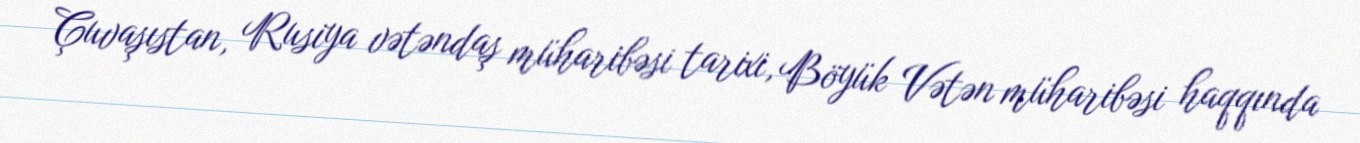
Çuvaşıstan, Rusiya vətəndaş müharibəsi tarixi, Böyük Vətən müharibəsi haqqında